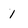
Character: 1